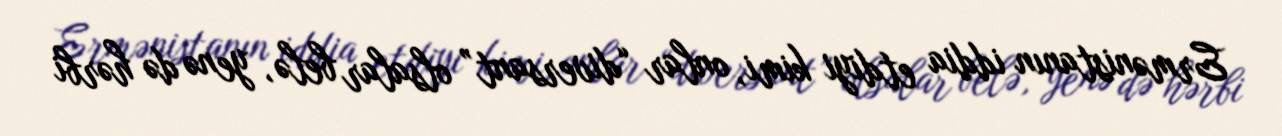
Ermənistanın iddia etdiyi kimi, onlar “diversant” olsalar belə, yenə də hərbi